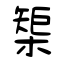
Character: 榘